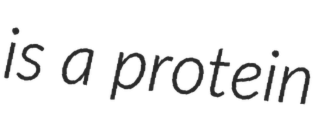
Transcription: is a protein